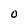
Character: O